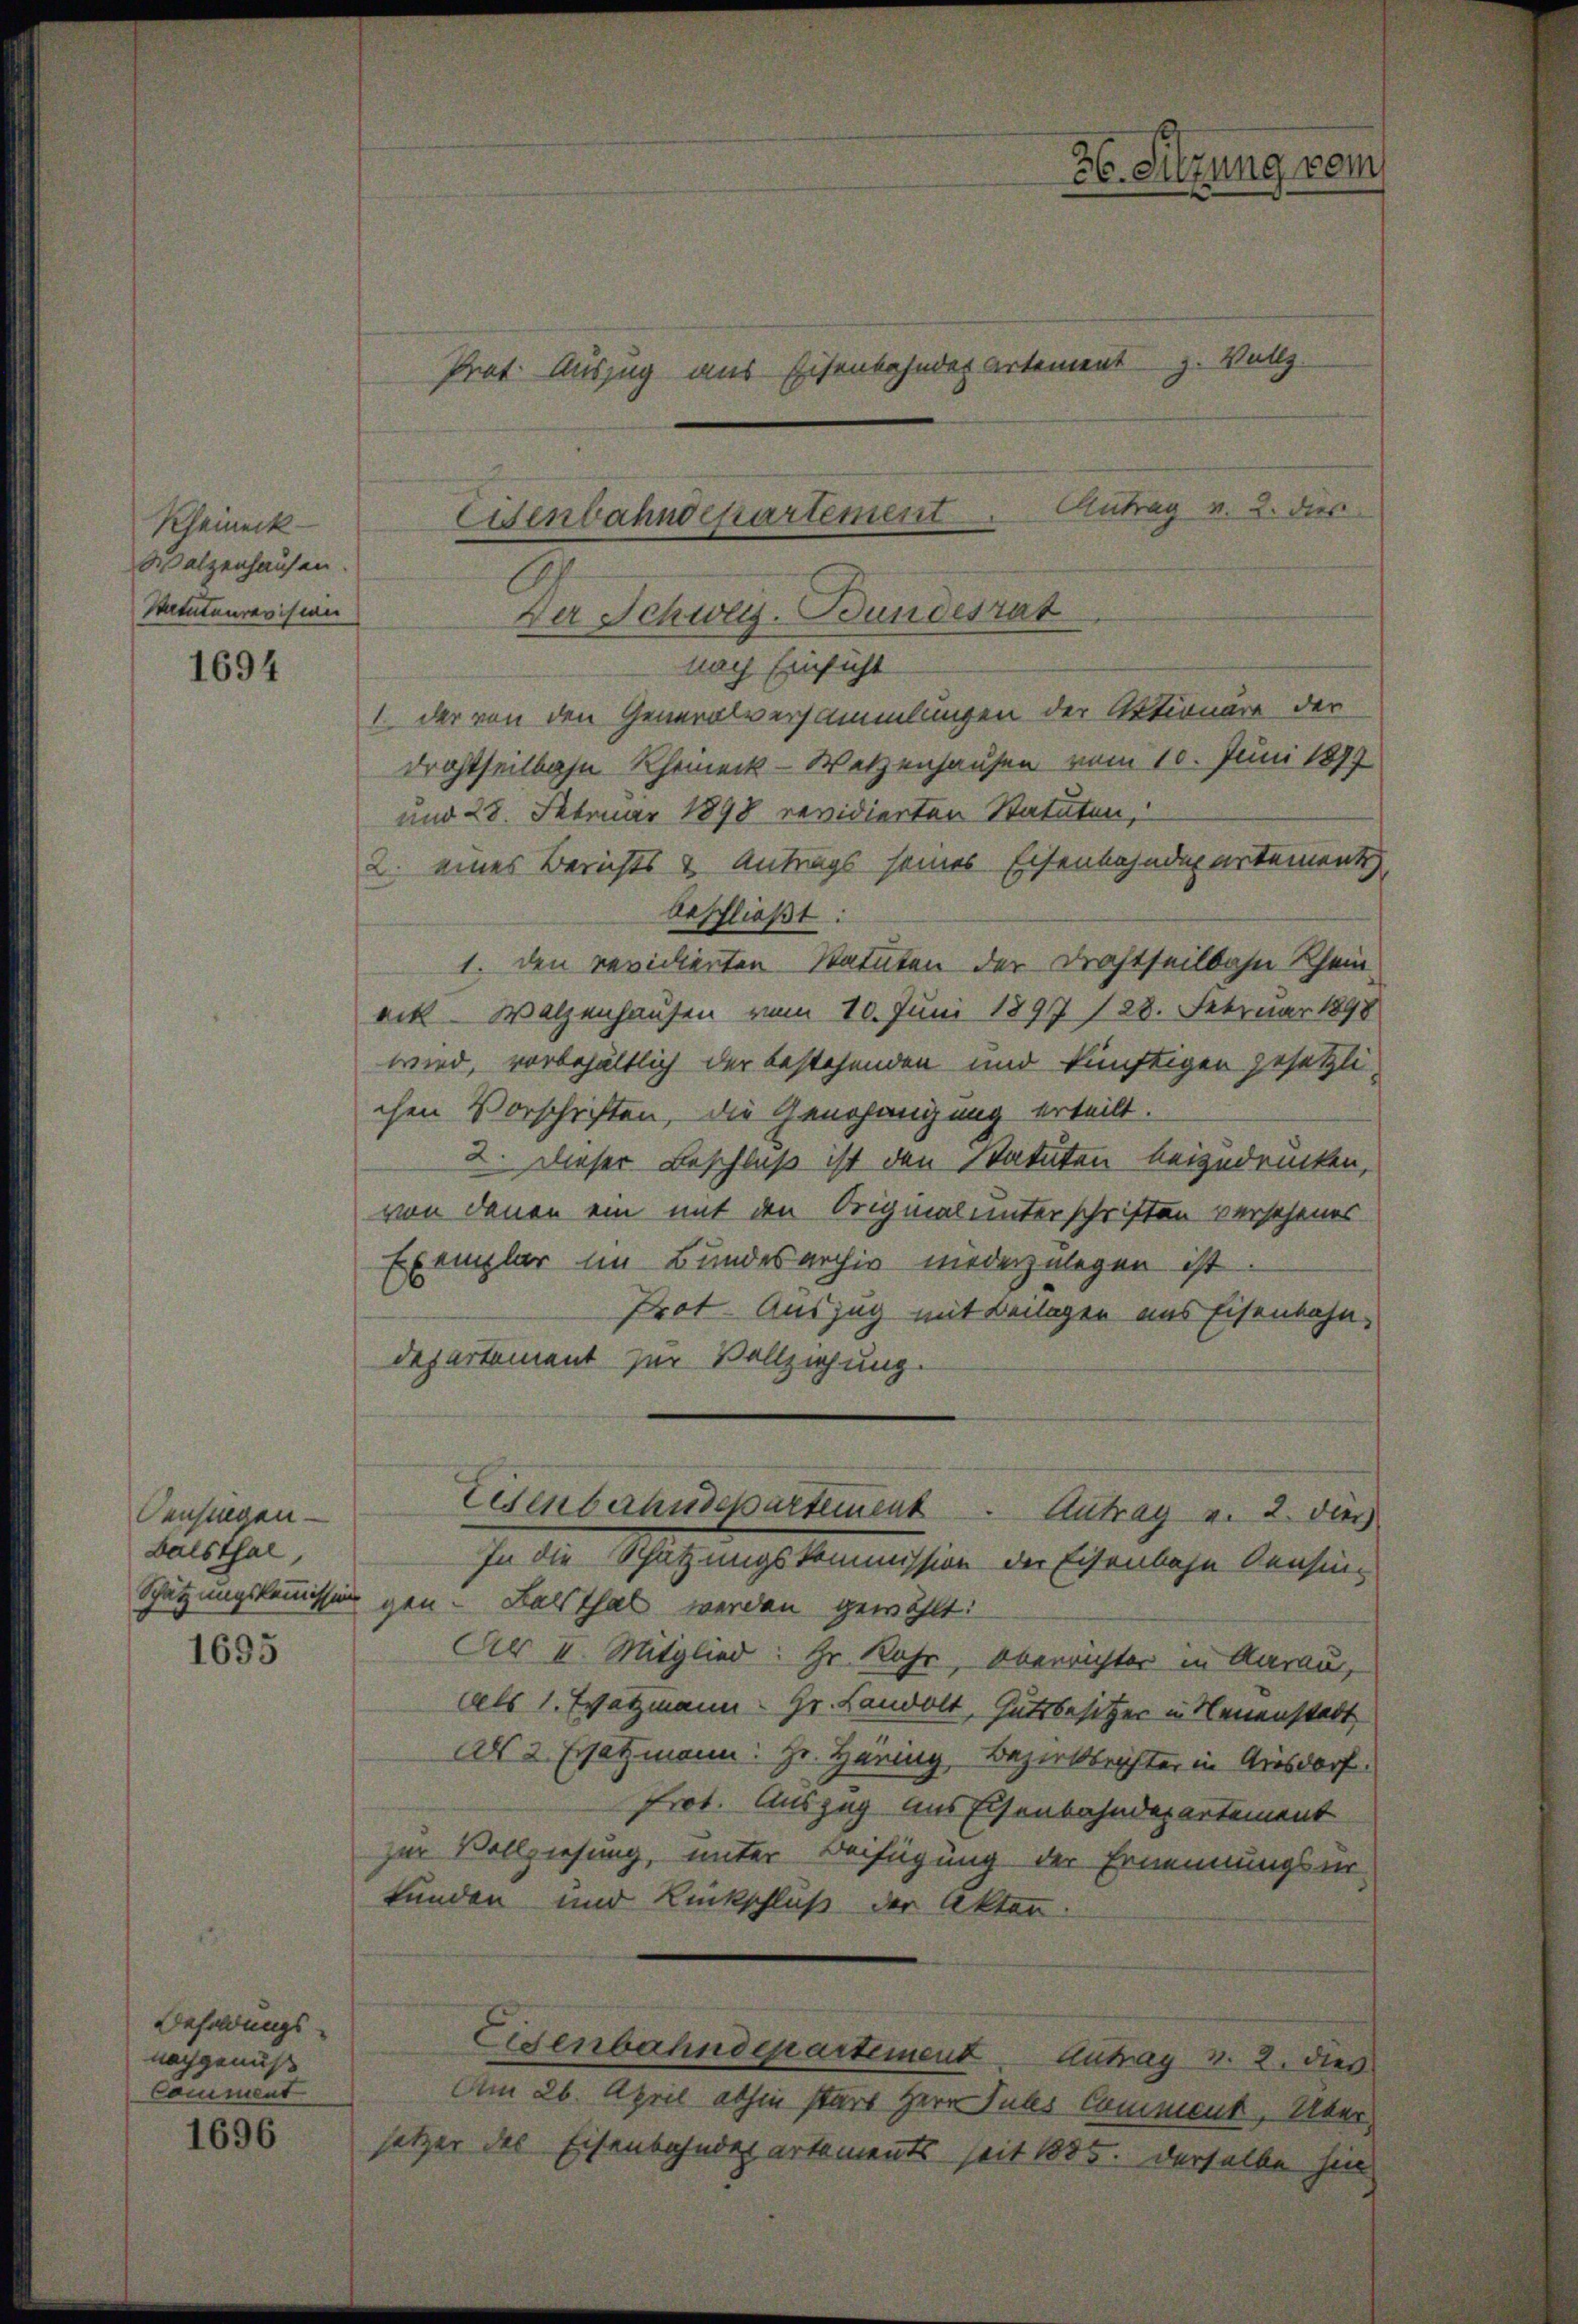
Rheineck
Walzenhausen.
Statuteurevision

1694

Censingen.
Balsthal,

1695

Besoldungsnachgenuß
Comment

1696

Prot. Auszug aus Eisenbahndepartement z. Vollz
Antrag v. 2. dies
nach Einsicht
1 der von den Generalversammlungen der Aktionäre der
drohtheilbahn Rheineck-Wetzenhausen vom 10. Juni 1897
und 28. Februar 1898 revidierten Statuten,
2. eines Berichts & Antrags seines Eisenbahndepartement
beschließt:
1. den revidienten Statuten der Drahtheilbahn Rhein
eck Walzenhausen vom 10. Juni 1897 128. Februar 1898
wird, vorbehältlich der bestehenden und künftigen gesetzlichen Vorschriften, die Genehmigung erteilt.
2. Dieser Beschluß ist den Statuten beizudrücken,
von denen ein mit den Originalunterschriften verschenes
Exemplar im Bundesarchiv niederzulegen ist
Prot. Auszug mit Beilagen aus Eisenbahn-
departement zur Vollziehung.
Eisenbahndepartement Antrag v. 2. dies
In die Schätzungskommission der Eisenbahn densin¬
Schätzungskommission gen. Balsthal werden gewählt:
Al II. Mitglied: Hr. Rahr, Oberrichter in Aarau,
als 1. Watzmann Hr. Landolt, Gutsbesitzer in Neuenstadt
Als 2 Ersatzmann: Hr. Häring Bezirksrichter in Ausdorf.
frot. Auszug aus Eisenbahndepartement
zur Vollziehung, unter Beifügung der Ernennungsur
kunden und Rückschluß der Akten
Eigenbahndepartement. Antrag v. 2. dies
Am 26. April abhin stars Herr Puls Comment, Übersetzer des Eisenbahndepartements seit 1885. derselbe hin

Eisenbahndepartement
Der Schweiz. Bundesrat

36. Sitzung vom